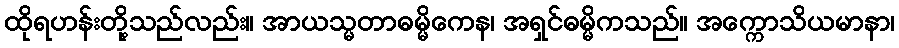
ထိုရဟန်းတို့သည်လည်း။ အာယသ္မတာဓမ္မိကေန၊ အရှင်ဓမ္မိကသည်။ အက္ကောသိယမာနာ၊